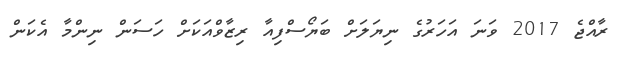
ރާއްޖެ 2017 ވަނަ އަހަރުގެ ނިޔަލަށް ބަޔޯސްފިއާ ރިޒާވްއަކަށް ހަސަން ނިންމާ އެކަން